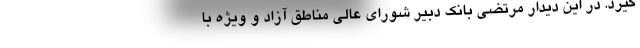
گیرد. در این دیدار مرتضی بانک دبیر شورای عالی مناطق آزاد و ویژه با